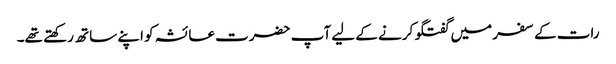
رات کے سفر میں گفتگو کرنے کے لیے آپ حضرت عائشہ کو اپنے ساتھ رکھتے تھے۔